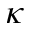
\kappa